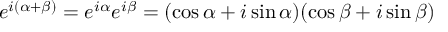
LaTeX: e ^ { i ( \alpha + \beta ) } = e ^ { i \alpha } e ^ { i \beta } = ( \cos \alpha + i \sin \alpha ) ( \cos \beta + i \sin \beta )